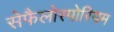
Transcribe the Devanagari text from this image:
सेफैलोस्पोरियम